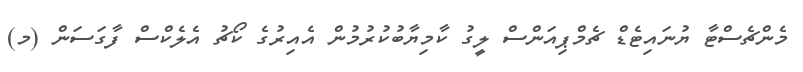
މެންޗެސްޓާ ޔުނައިޓެޑް ޗެމްޕިއަންސް ލީގު ކާމިޔާބުކުރުމުން އެއިރުގެ ކޯޗު އެލެކްސް ފާގަސަން (މ)